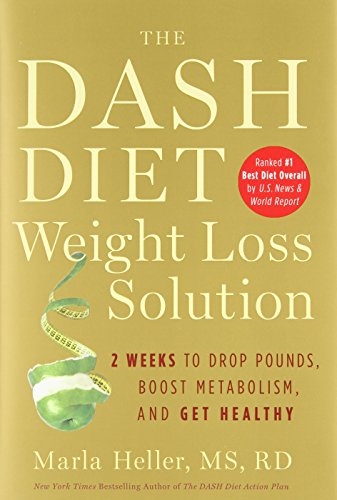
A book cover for The Dash Diet Weight Loss Solution: 2 Weeks to Drop Pounds, Boost Metabolism, and Get Healthy (A DASH Diet Book); Marla Heller; Health, Fitness & Dieting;